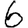
Digit: 6